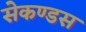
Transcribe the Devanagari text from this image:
सेकण्डस